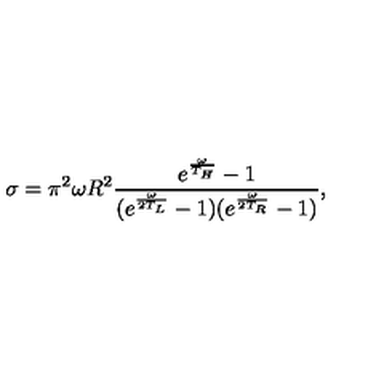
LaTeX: \sigma = \pi ^ { 2 } \omega R ^ { 2 } \frac { e ^ { \frac { \omega } { T _ { H } } } - 1 } { ( e ^ { \frac { \omega } { 2 T _ { L } } } - 1 ) ( e ^ { \frac { \omega } { 2 T _ { R } } } - 1 ) } ,